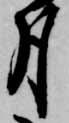
月